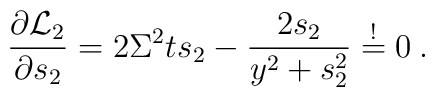
\frac{\partial {\cal L}_2}{\partial s_2}=2\Sigma^2  ts_2-\frac{2s_2}{y^2+s_2^2}\stackrel{!}{=} 0 \:.